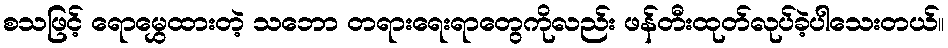
စသဖြင့် ရောမွှေထားတဲ့ သဘော တရားရေးရာတွေကိုလည်း ဖန်တီးထုတ်လုပ်ခဲ့ပါသေးတယ်။